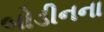
બોડીનના